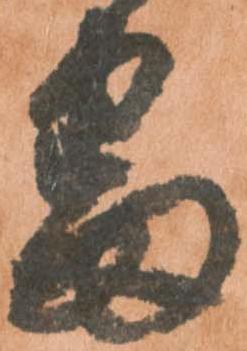
番